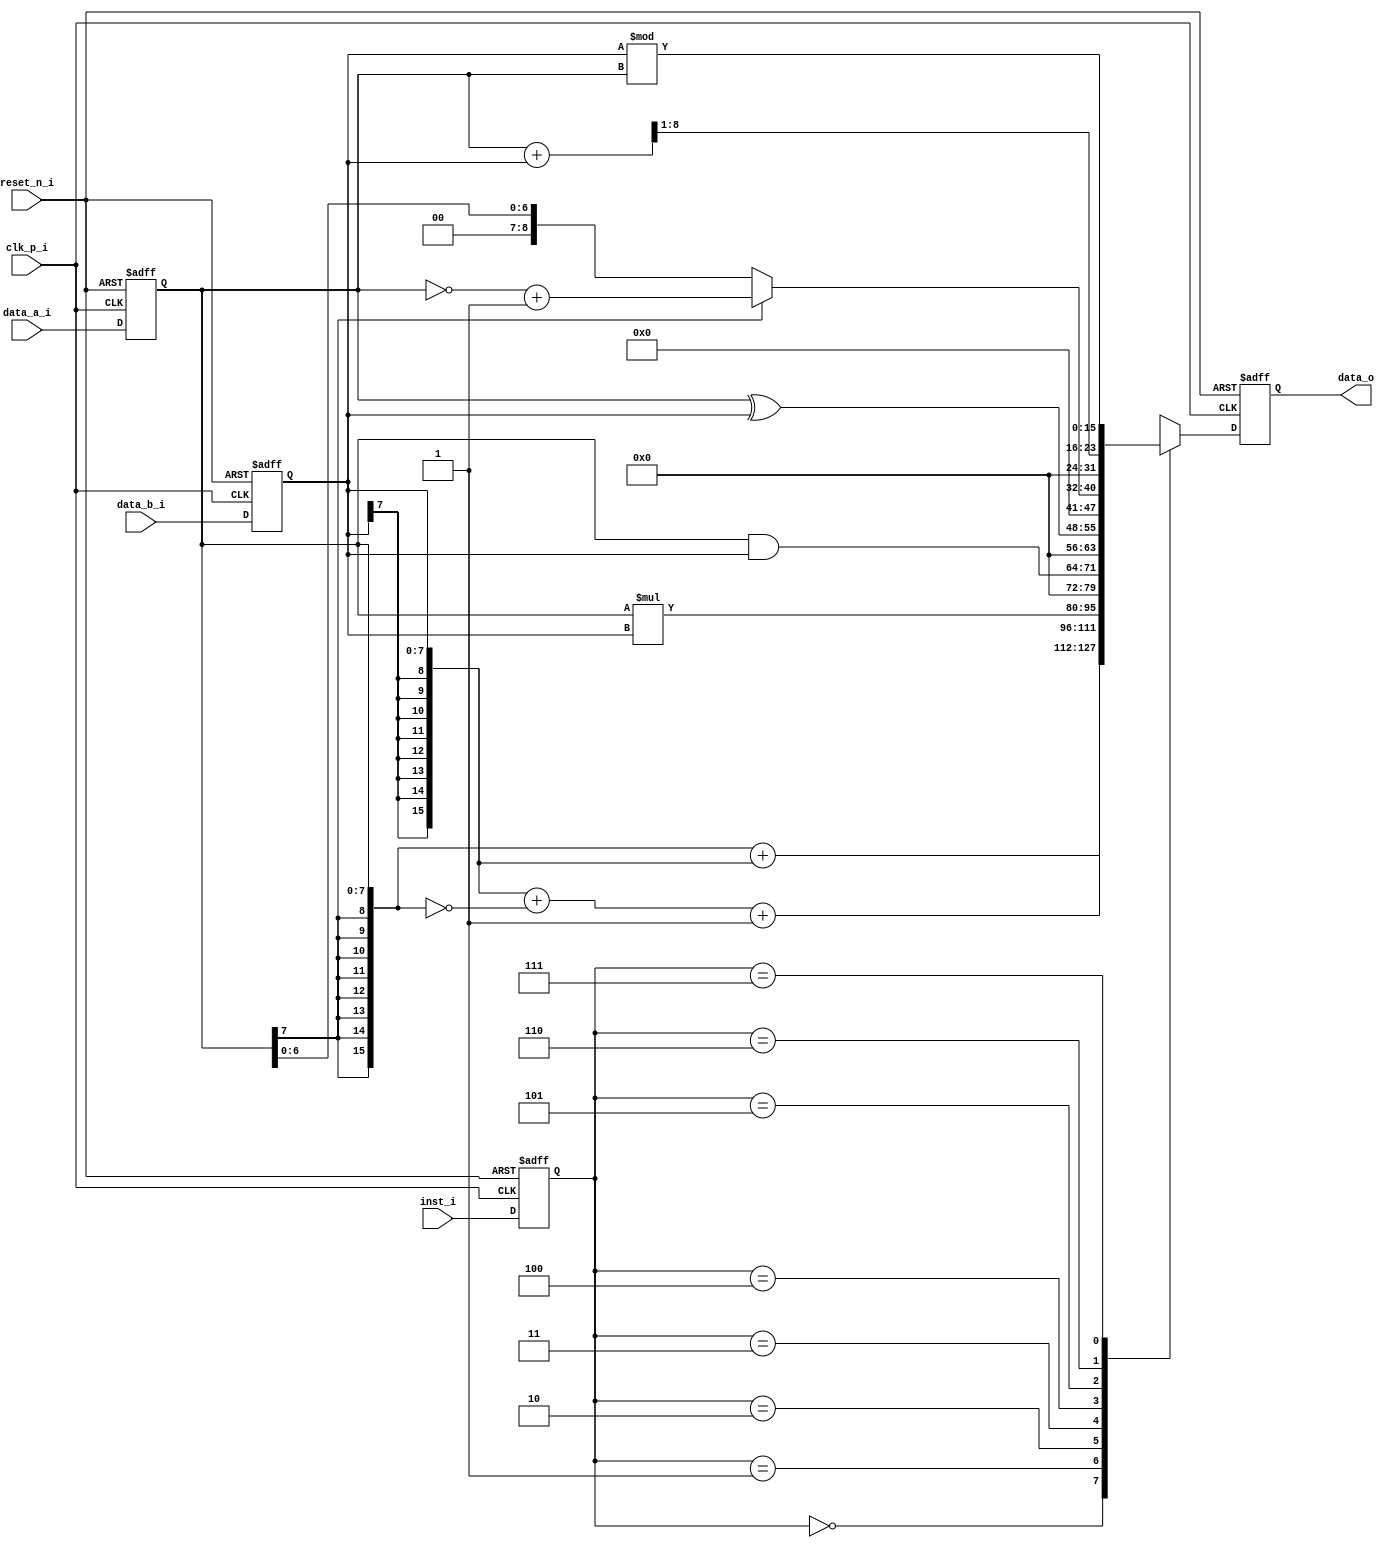
module alu(
             clk_p_i,
             reset_n_i,
             data_a_i,
             data_b_i,
             inst_i,
             data_o
             );
  /* ============================================ */
      input           clk_p_i;
      input           reset_n_i;
      input   [7:0]   data_a_i;
      input   [7:0]   data_b_i;
      input   [2:0]   inst_i;

      output reg  [15:0]  data_o;

      reg     [15:0]   ALU_d2_w;
      reg     [7:0]    data_a_d1_r;
      reg     [7:0]    data_b_d1_r;
      reg     [2:0]    inst_d1_r;

  /* ============================================ */
      always@ (*)
      begin
          case(inst_d1_r)
            3'b000:    ALU_d2_w = {{8{data_a_d1_r[7]}},data_a_d1_r}+{{8{data_b_d1_r[7]}},data_b_d1_r};
            3'b001:    ALU_d2_w = {{8{data_b_d1_r[7]}},data_b_d1_r}+~{{8{data_a_d1_r[7]}},data_a_d1_r}+1;
            3'b010:    ALU_d2_w = data_a_d1_r*data_b_d1_r;
            3'b011:    ALU_d2_w = data_a_d1_r&data_b_d1_r;
            3'b100:    ALU_d2_w = data_a_d1_r^data_b_d1_r;
            3'b101:begin 
				if(data_a_d1_r[7]) ALU_d2_w = {8'd0,~data_a_d1_r}+1;
				else ALU_d2_w = data_a_d1_r;
			end
            3'b110:    ALU_d2_w = (data_a_d1_r+data_b_d1_r)>>1;
            3'b111:    ALU_d2_w = data_b_d1_r%data_a_d1_r;
            default:   ALU_d2_w = 0;
          endcase
      end

  /* ============================================ */
      always@(posedge clk_p_i or negedge reset_n_i)
      begin
          if (reset_n_i == 1'b0)
          begin
			data_a_d1_r <= 0;
			data_b_d1_r <= 0;
			inst_d1_r <= 0;
            data_o <= 0;
          end
          else
          begin
			data_a_d1_r <= data_a_i;
			data_b_d1_r <= data_b_i;
			inst_d1_r <= inst_i;
            data_o <= ALU_d2_w;
          end
      end
  /* ============================================ */

endmodule